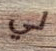
لي